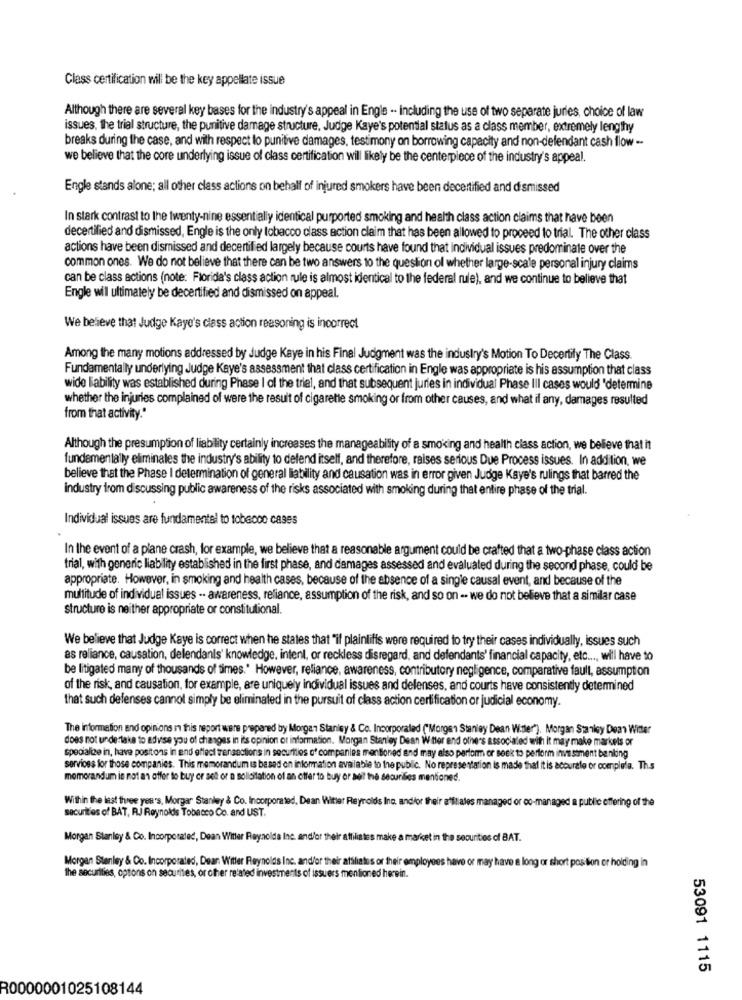
Class certification will be the key appellate issue
Although there are several key bases for the industry's appeal in Engle .- including the use of two separate jurles, choice of law
issues, the trial structure, the punitive damage structure, Judge Kaye's potential status as a class member, extremely lengthy
breaks during the case, and with respect lo punitive damages, testimony on borrowing capacity and non-defendant cash flow --
we believe that the core underlying issue of class certification will likely be the centerpiece of the industry's appeal.
Engle stands alone; all other class actions on behalf of injured smokers have been decertified and dismissed
In stark contrast to the twenty-nine essentially identical purported smoking and health class action claims that have been
decertified and dismissed, Engle is the only tobacco class action claim that has been allowed to proceed to trial. The other class
actions have been dismissed and decertified largely because courts have found that individual issues predominate over the
common ones. We do not believe that there can be two answers to the question of whether large-scale personal injury claims
can be class actions (note: Florida's class action rule is almost identical to the federal rule), and we continue to believe that
Engle will ultimately be decertified and dismissed on appeal.
We believe that Judge Kaye's class action reasoning is incorrect
Among the many motions addressed by Judge Kaye in his Final Judgment was the industry's Motion To Decertify The Class.
Fundamentally underlying Judge Kaye's assessment that class certification in Engle was appropriate is his assumption that class
wide liability was established during Phase I ol the trial, and that subsequent juries in individual Phase III cases would 'determine
whether the injuries complained of were the result of cigarette smoking or from other causes, and what if any, damages resulted
from that activity."
Although the presumption of liability certainly increases the manageability of a smoking and health class action, we believe that it
fundamentally eliminales the industry's ability to defend itself, and therefore, raises serious Due Process issues. In addition, we
believe that the Phase I determination of general liability and causation was in error given Judge Kaye's rulings that barred the
industry from discussing public awareness of the risks associated with smoking during that entire phase of the trial.
Individual issues are fundamentel to tobacco cases
In the event of a plane crash, for example, we believe that a reasonable argument could be crafted that a two-phase class action
trial, with generic liability established in the first phase, and damages assessed and evaluated during the second phase, could be
appropriate. However, in smoking and health cases, because of the absence of a single causal event, and because of the
multitude of individual issues .. awareness, reliance, assumption of the risk, and so on -. we do not believe that a similar case
structure is neither appropriate or constitutional.
We believe that Judge Kaye is correct when he states that "if plaintiffs were required to try their cases individually, issues such
as reliance, causation, delendanis' knowledge, intent, or reckless disregard, and defendants' financial capacity, etc ..., will have to
be litigated many of thousands of times." However, reliance, awareness, contributory negligence, comparative fault, assumption
of the risk, and causation, for example, are uniquely individual issues and delenses, and courts have consistently determined
that such defenses cannot simply be eliminated in the pursuit of class action certification or judicial economy.
The information and opinions in this report were prepared by Morgan Stanley & Co. Incorporated ('Morgan Stanley Dean Witter"). Morgan Stanley Dean Witter
does not undertake to advise you of changes in its opinion of information. Morgan Stanley Dean Winter and others associated with it may make markets or
specialize in, have positons in and effect transactions in securities of companies mentioned and may also perform or seek to perform investment banking
services for those companies. This memorandum is based on information available to the public. No representation is made that it is accurate or completa. Th.s
memorandum is not an offer to buy or sett or a solicitation of an offer to buy or sell the securities mentioned.
Within the last three yen's, Morgan Stanley & Co. Incorporated, Dean Witter Reynolds Ine, andfor their affiliates managed or co-managed a public offering of the
securities of BAT, RJ Reynolds Tobacco Co. and UST.
Morgan Stanley & Co. Incorporated, Dean Witter Reynolds Inc. and/or their affiliates make a maricet in the securities of BAT.
Morgan Stanley & Co. Incorporated, Dear Witter Reynolds Inc. and/or their affiliates or their employees have or may have a long or short position er holding in
the securities, options on securities, or other related investments of issuers mentioned herwin.
53091 1115
R0000001025108144